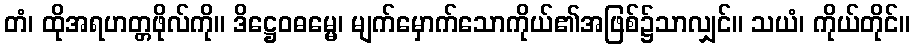
တံ၊ ထိုအရဟတ္တဖိုလ်ကို။ ဒိဋ္ဌေဝဓမ္မေ၊ မျက်မှောက်သောကိုယ်၏အဖြစ်၌သာလျှင်။ သယံ၊ ကိုယ်တိုင်။